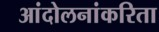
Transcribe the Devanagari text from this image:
आंदोलनांकरिता